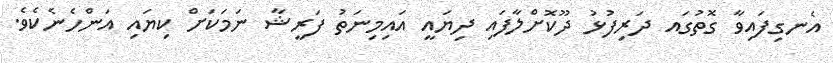
އެނގިފައިވާ ގޮތުގައ ދަރިފުޅު ދޫކޮށްލާފައި ދިޔައީ އައިމިނަތު ފަރީޝާ ނަމަކަށް ކިޔައި އަންހެނެކެވެ.